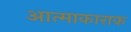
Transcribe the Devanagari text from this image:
आत्माकाराक